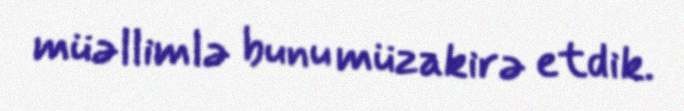
müəllimlə bunu müzakirə etdik.